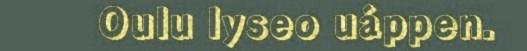
Oulu lyseo uáppen.